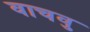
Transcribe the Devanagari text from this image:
वाचवु